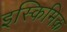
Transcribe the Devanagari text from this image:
इस्किमिक